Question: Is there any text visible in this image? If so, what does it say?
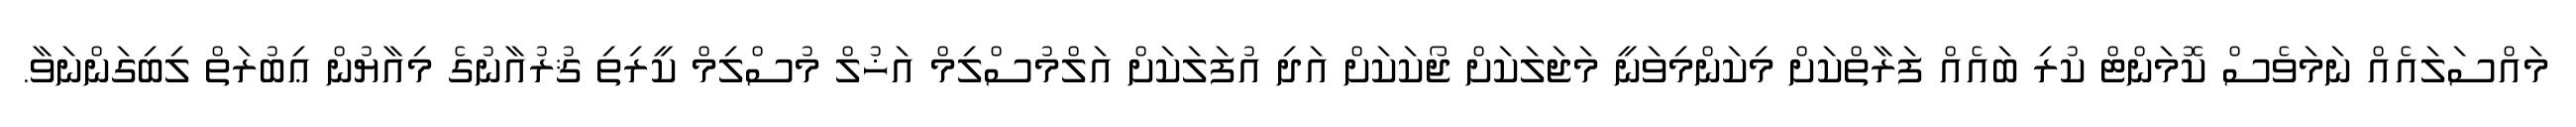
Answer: މައްސަލައެއް ނަމަވެސް ކޮމަންޓް ކުރި ބައެއް ފަރާތްކަށް މިކަންމިވަނީ މަޖަލަކަށް ޖޯކަކަށް އަދި އުފަލަކަށް އަލްމުސްލިމް އަޚުލް މުސްލިމް ކީރިތި ޤުރުއާނުގެ މިއާޔުން ޢިބުރަތް ލިބިގަންނަވާ.